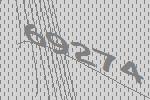
69274